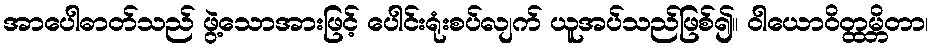
အာပေါဓာတ်သည် ဖွဲ့သောအားဖြင့် ပေါင်းရုံးစပ်လျက် ယူအပ်သည်ဖြစ်၍။ ဝါယောဝိတ္ထမ္ဘိတာ၊